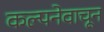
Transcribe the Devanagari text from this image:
कल्पनेवाचून